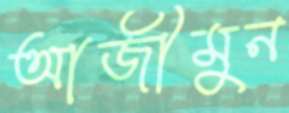
আজীমুন